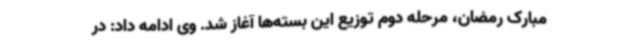
مبارک رمضان، مرحله دوم توزیع این بسته‌ها آغاز شد. وی ادامه داد: در